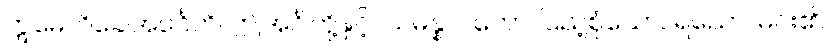
ဣမေဟိခေါအင်္ဂေဟိ၊ ဤအင်္ဂါတို့နှင့်။ သမန္နာဂတော၊ ပြည့်စုံသော။ ရညော၊ မင်း၏။